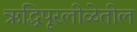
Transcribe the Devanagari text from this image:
ऋद्धिपूरलीळेतील